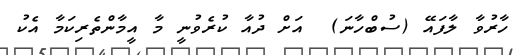
ހާރުވާ ލާފައޭ (ސުބްހާނަ)  އަށް ދުއާ ކުރެވުނީ މާ އީމާންތެރިކަމާ އެކު